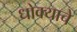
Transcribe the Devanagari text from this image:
धोक्‍याचे